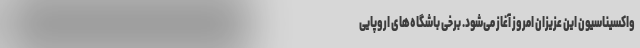
واکسیناسیون این عزیزان امروز آغاز می‌شود. برخی باشگاه‌های اروپایی